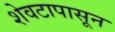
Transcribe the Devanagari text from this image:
शेवटापासून